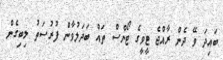
ބައިދަ ވޭ ދެން ރާއްޖެ ޓީވީގެ ޓޯންސް ތައް ބަަދަލުވާން ފުރުސަތު ލިބިގެން